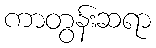
ကာတွန်းဆရာ